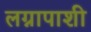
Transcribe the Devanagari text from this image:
लग्नापाशी